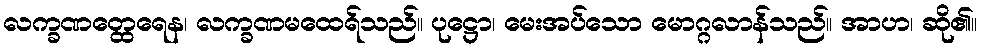
လက္ခဏတ္ထေရေန၊ လက္ခဏမထေရ်သည်။ ပုဋ္ဌော၊ မေးအပ်သော မောဂ္ဂလာန်သည်။ အာဟ၊ ဆို၏။